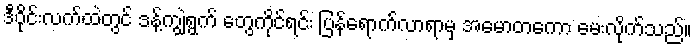
ဒီဝိုင်းလက်ထဲတွင် ဒန့်ကျွဲရွက် တွေကိုင်ရင်း ပြန်ရောက်လာရာမှ အမောတကော မေးလိုက်သည်။